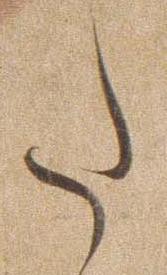
た